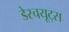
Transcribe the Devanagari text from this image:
डेस्चयूट्स